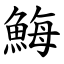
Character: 䱕